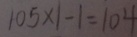
1 0 5 \times 1 - 1 = 1 0 4